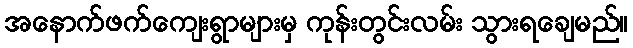
အနောက်ဖက်ကျေးရွာများမှ ကုန်းတွင်းလမ်း သွားရချေမည်။